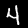
Label: 4